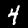
Digit: 4